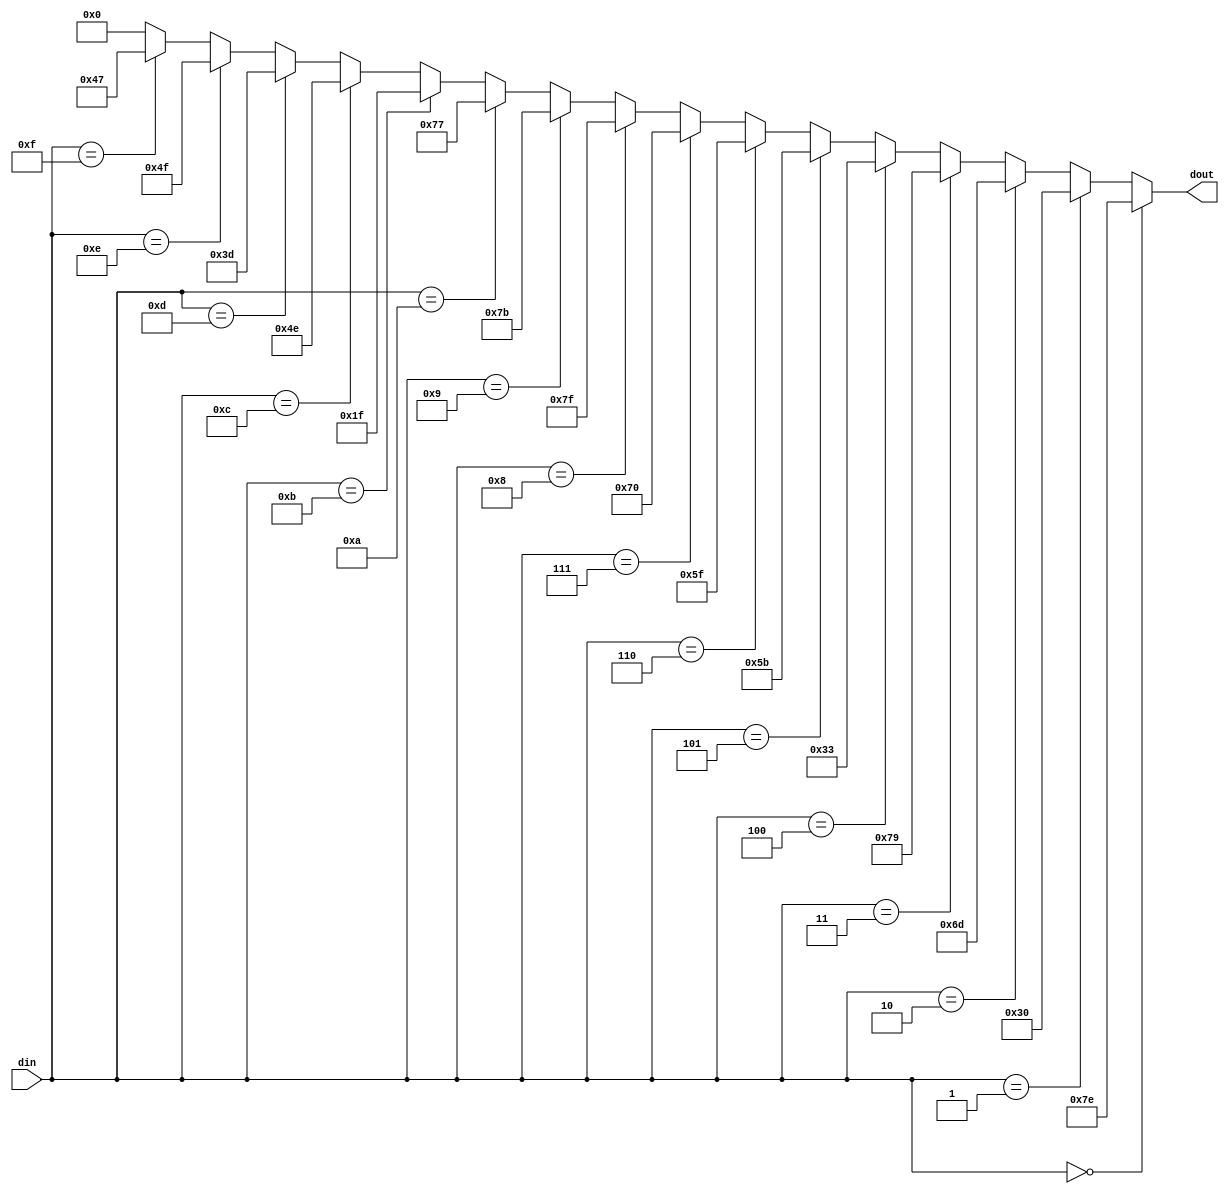
`timescale 1ns/1ns
module BCD7(din,dout);
input [3:0] din;
output [6:0] dout;
assign dout=(din==4'h0)?7'b111_1110:
            (din==4'h1)?7'b011_0000:
            (din==4'h2)?7'b110_1101:
            (din==4'h3)?7'b111_1001:
            (din==4'h4)?7'b011_0011:
            (din==4'h5)?7'b101_1011:
            (din==4'h6)?7'b101_1111:
            (din==4'h7)?7'b111_0000:
            (din==4'h8)?7'b111_1111:
            (din==4'h9)?7'b111_1011:
	    (din==4'hA)?7'b111_0111:
            (din==4'hB)?7'b001_1111:
            (din==4'hC)?7'b100_1110:
            (din==4'hD)?7'b011_1101:
            (din==4'hE)?7'b100_1111:
            (din==4'hF)?7'b100_0111:7'b0;
endmodule